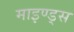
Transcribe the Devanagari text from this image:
माइण्ड्स